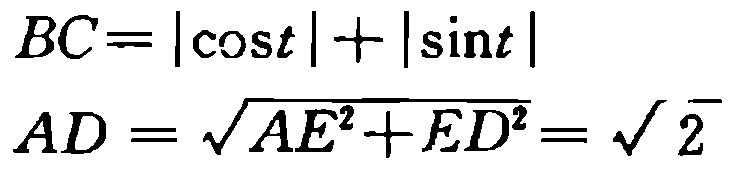
\[
BC = |\cos t|+|\sin t|
\]
\[
AD=\sqrt{AE^{2} + ED^{2}}=\sqrt{2}
\]